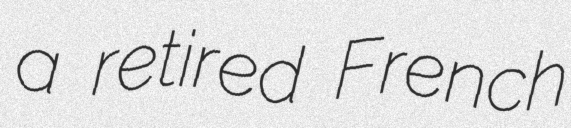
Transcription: a retired French